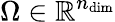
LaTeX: \Omega\in\mathbb{R}^{n_{\mathrm{dim}}}